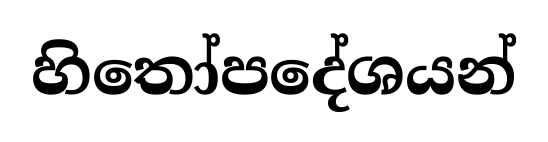
හිතෝපදේශයන්